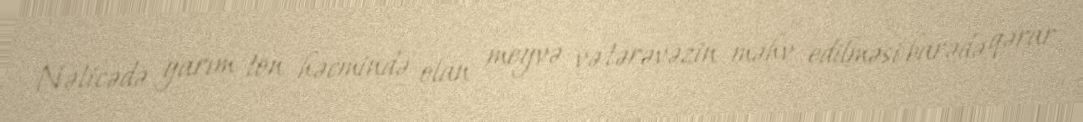
Nəticədə yarım ton həcmində olan meyvə və tərəvəzin məhv edilməsi barədə qərar